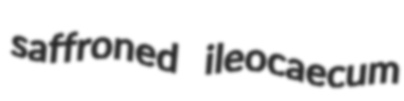
saffroned ileocaecum